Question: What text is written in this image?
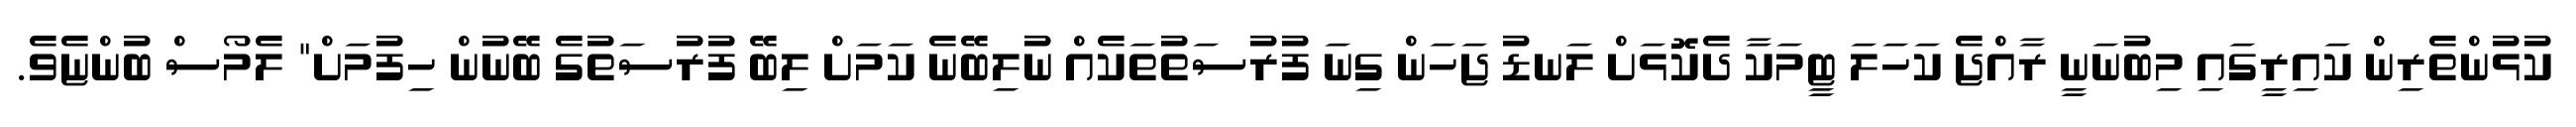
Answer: ކުޅުންތެރިން ކައިރީގައި މިބުނަނީ ރާއްޖެ ކަހަލަ ޓީމަކާ ދެކޮޅަށް ލަނޑު ޖަހަން ގިނަ ފުރުސަތުތަކެއް ނުލިބޭނެ ކަމަށް ލިބޭ ފުރުސަތުގެ ބޭނުން ހިފުމަށް" ލެމޯސް ބުންޏެވެ.